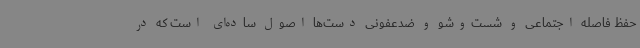
حفظ فاصله اجتماعی و شست‌وشو و ضدعفونی دست‌ها اصول ساده‌ای است که در